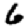
Digit: 6